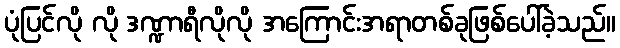
ပုံပြင်လို လို ဒဏ္ဍာရီလိုလို အကြောင်းအရာတစ်ခုဖြစ်ပေါ်ခဲ့သည်။